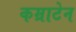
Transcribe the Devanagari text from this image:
कम्राटेन